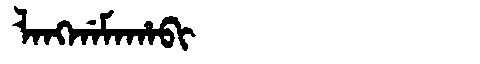
Manchu: ᠯᠠᠩᡤᠠᠮᠠᡥᠠᠪᡳ
Romanization: LANGGAMAHABI